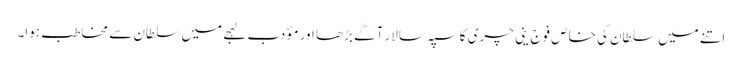
اتنے میں سلطان کی خاص فوج ینی چری کا سپہ سالار آگے بڑھا اور مؤدب لہجے میں سلطان سے مخاطب ہوا۔